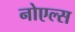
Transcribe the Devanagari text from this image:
नोएल्स